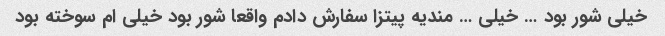
خیلی شور بود … خیلی … مندیه پیتزا سفارش دادم واقعا شور بود خیلی ام سوخته بود